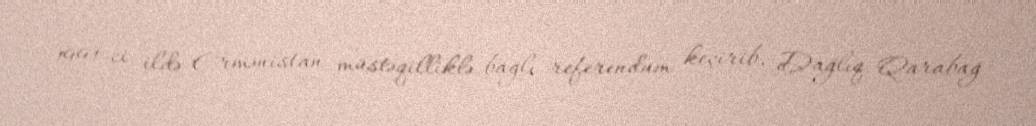
1991-ci ildə Ermənistan müstəqilliklə bağlı referendum keçirib, Dağlıq Qarabağ